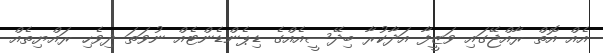
އެއް އޮތް ރާއްޖޭގައި ވަޒީފާ އަދާކުރާ ބިދޭސީއެއްގެ ޑިޕެންޑެންޓެއް ނުވަތަ ދިވެހި ރައްޔިތެއް